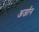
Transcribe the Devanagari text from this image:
अर्जान